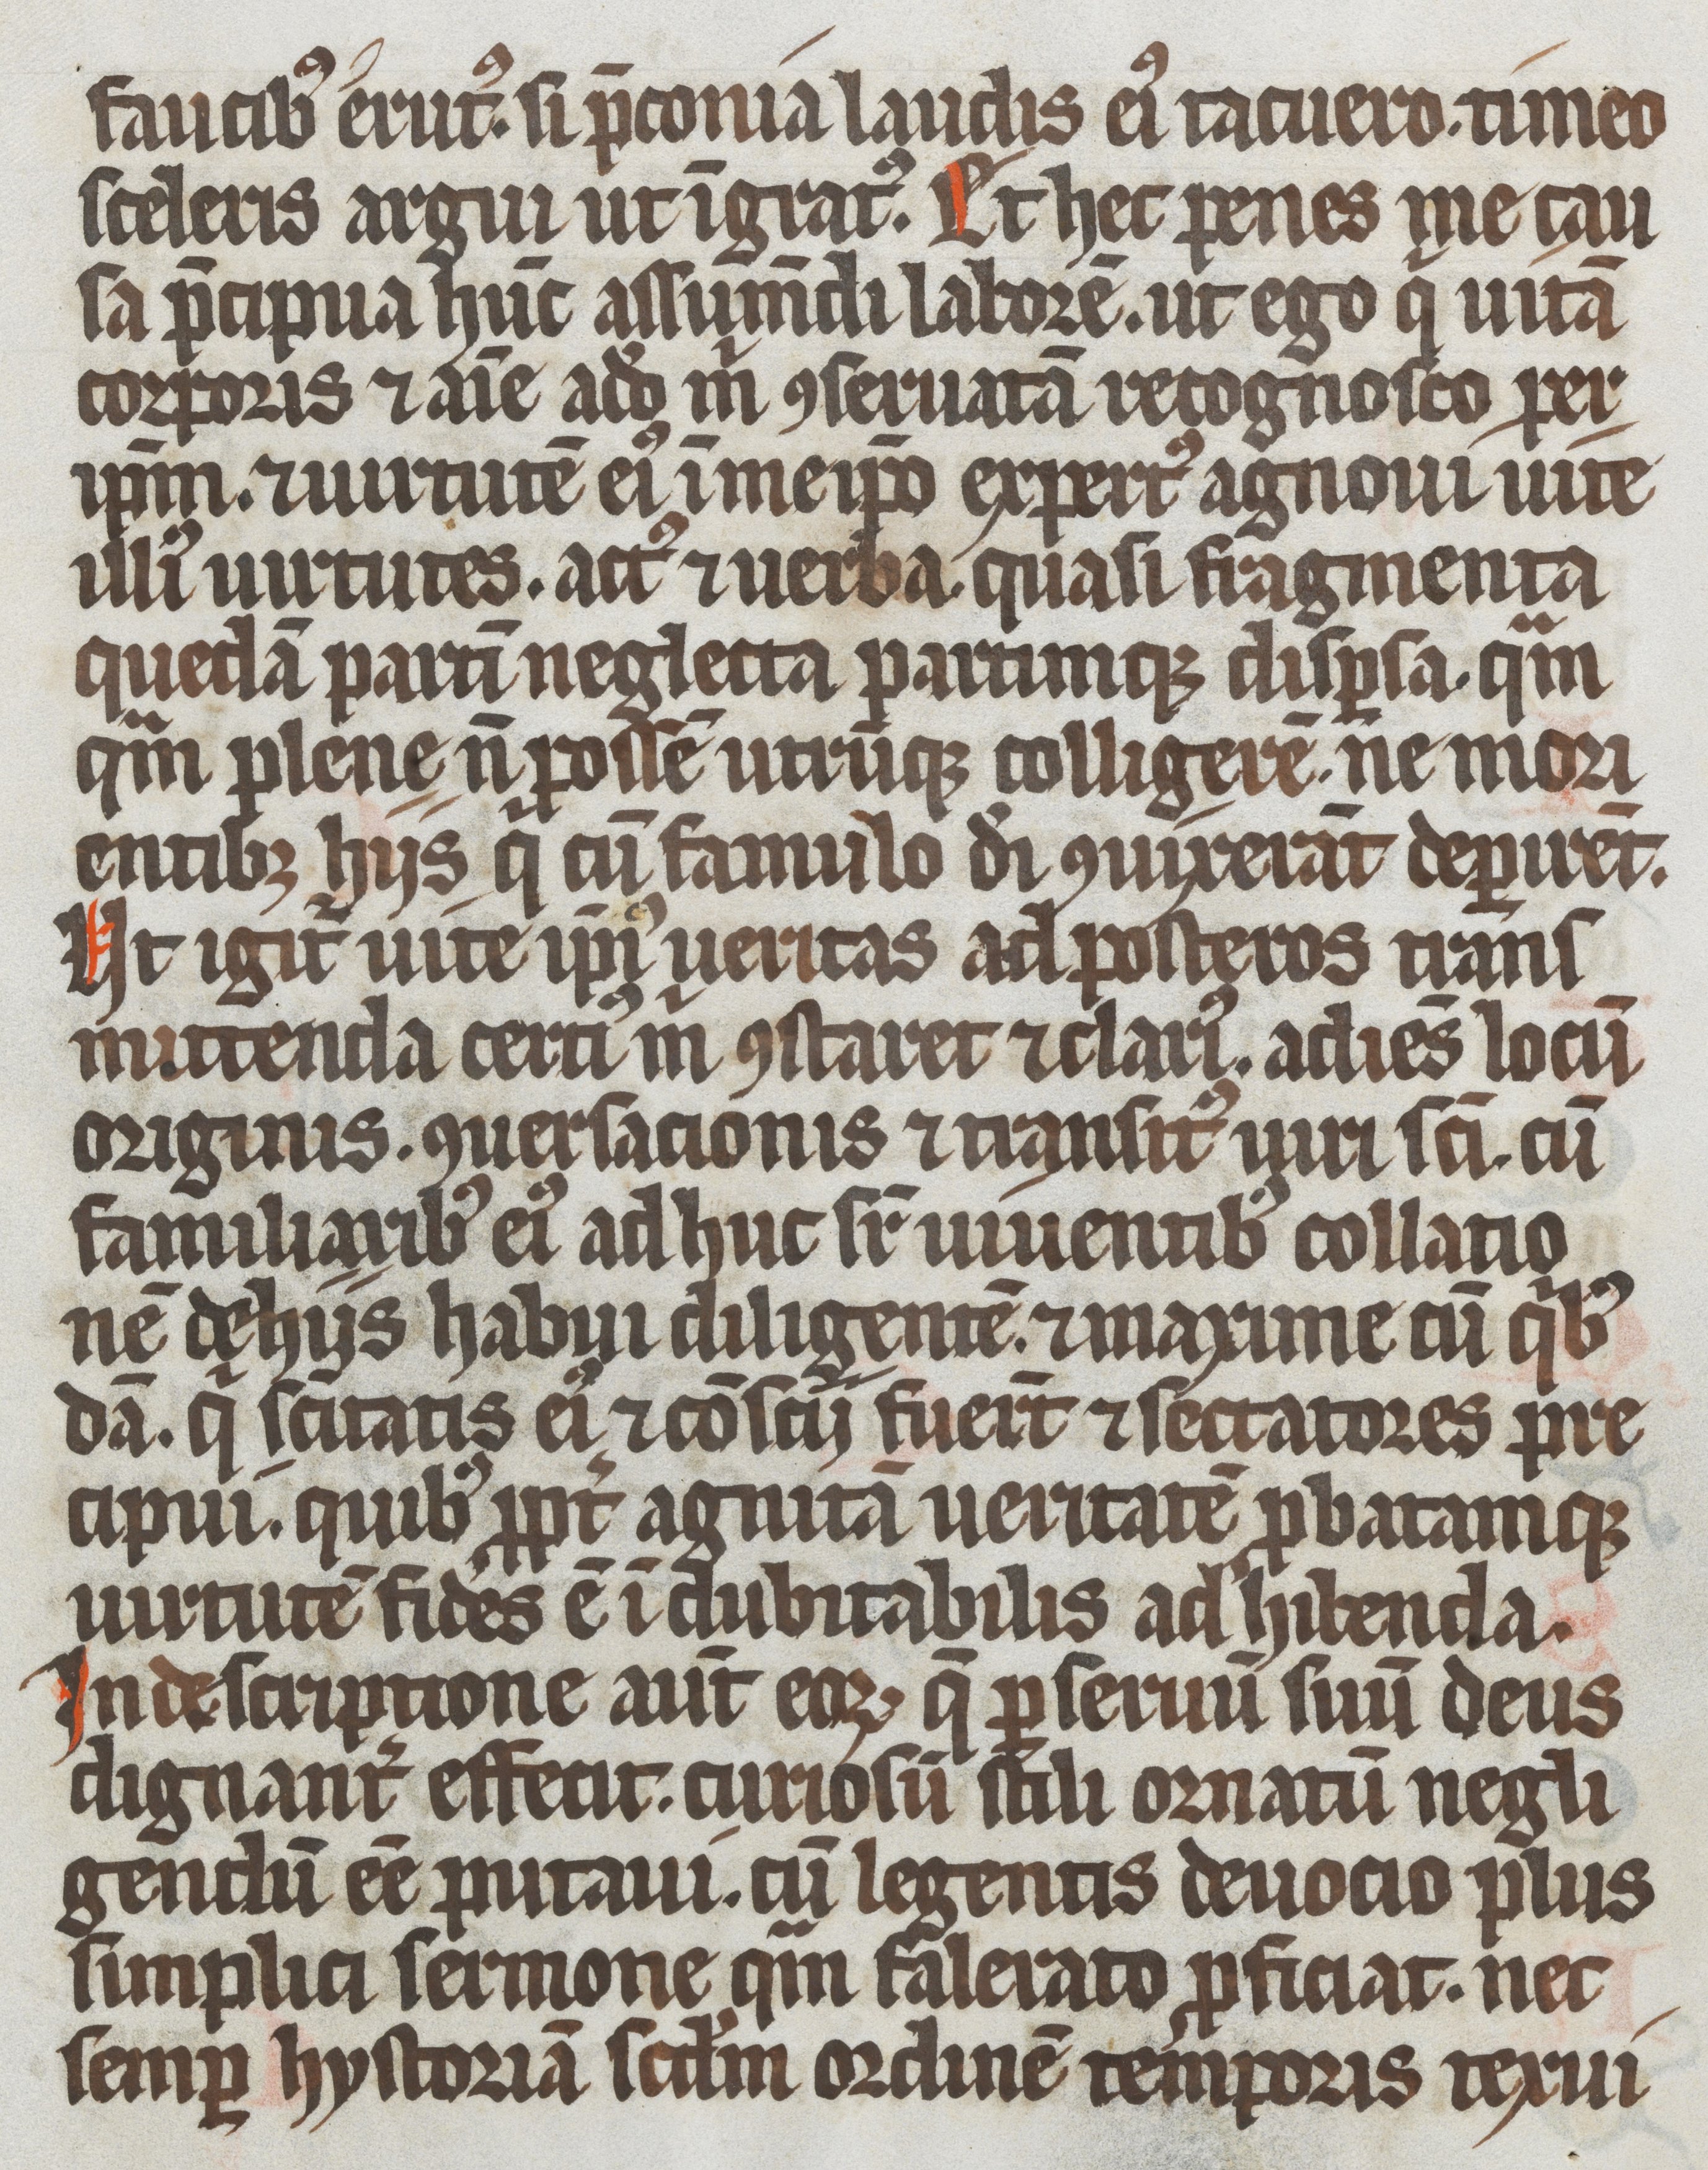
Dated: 1337–1337